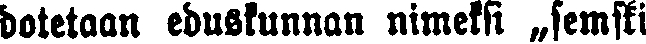
dotetoon eduskunnan nimeksi „semski